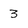
Character: 3